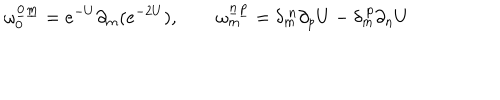
\omega _ { 0 } ^ { \underline { { 0 } } \underline { { m } } } = e ^ { - U } \partial _ { m } ( e ^ { - 2 U } ) , \qquad \omega _ { m } ^ { \underline { { n } } \underline { { p } } } = \delta _ { m } ^ { \ n } \partial _ { p } U - \delta _ { m } ^ { \ p } \partial _ { n } U